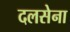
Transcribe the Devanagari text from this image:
दलसेना